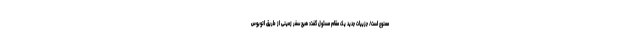
ممنوع است/ جزییات جدید یک مقام مسئول گفت: هیچ سفر زمینی از طریق اتوبوس